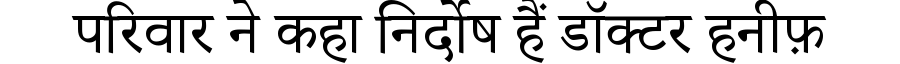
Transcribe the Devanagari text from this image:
परिवार ने कहा निर्दोष हैं डॉक्टर हनीफ़